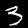
Label: 3